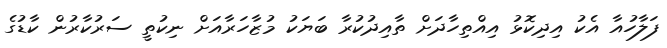
ފަލާހުއާ އެކު އިދިކޮޅު އިއްތިހާދަށް ތާއިދުކުރާ ބަޔަކު މުޒާހަރާއަށް ނިކުތީ ސަރުކާރުން ކާޑުގެ